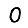
Digit: 0